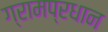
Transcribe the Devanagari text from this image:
ग्रामप्रधान